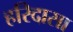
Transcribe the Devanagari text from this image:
हरिदासा